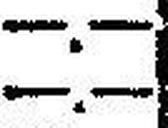
—.—